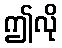
ဤလို